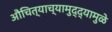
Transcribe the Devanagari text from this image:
औचित्याच्यामुद्द्यामुळे